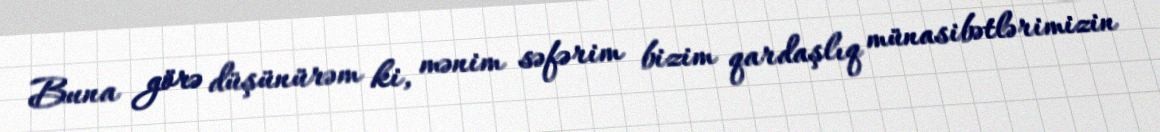
Buna görə düşünürəm ki, mənim səfərim bizim qardaşlıq münasibətlərimizin